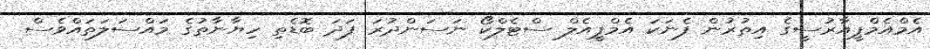
އެމްއެމްޕީއާރުސީގެ އިތުރުން ފެނަކަ އެމްޕީއެލް ސްޓެލްކޯ ނަސަންދުރަ ފަދަ ބޮޑެތި ހިޔާނާތުގެ މައްސަލަތައްވެސް